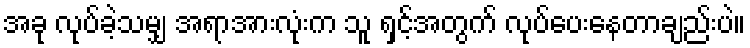
အခု လုပ်ခဲ့သမျှ အရာအားလုံးက သူ ရှင့်အတွက် လုပ်ပေးနေတာချည်းပဲ။